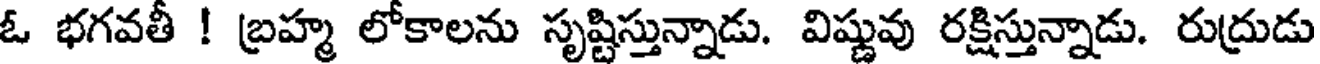
ఓ భగవతీ ! బ్రహ్మ లోకాలను సృష్టిస్తున్నాడు. విష్ణువు రక్షిస్తున్నాడు. రుద్రుడు